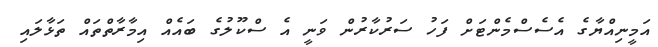
އަމީނިއްޔާގެ އެސެސްމެންޓަށް ފަހު ސަރުކާރުން ވަނީ އެ ސްކޫލުގެ ބައެއް އިމާރާތްތައް ތަޅާލައި